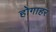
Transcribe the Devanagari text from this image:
होगाहर